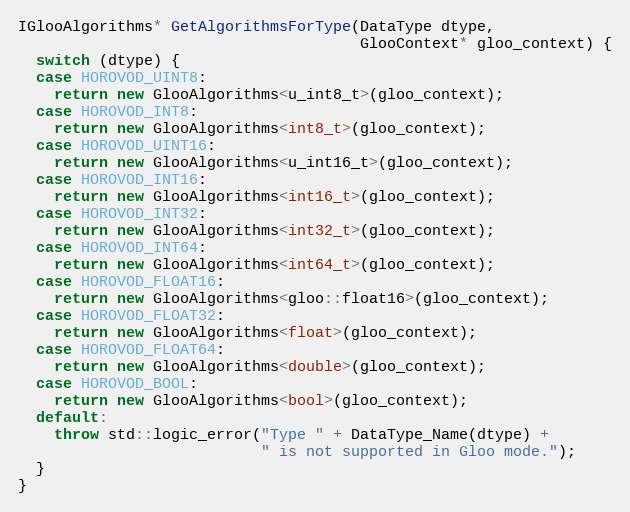
Language: C++
IGlooAlgorithms* GetAlgorithmsForType(DataType dtype,
                                      GlooContext* gloo_context) {
  switch (dtype) {
  case HOROVOD_UINT8:
    return new GlooAlgorithms<u_int8_t>(gloo_context);
  case HOROVOD_INT8:
    return new GlooAlgorithms<int8_t>(gloo_context);
  case HOROVOD_UINT16:
    return new GlooAlgorithms<u_int16_t>(gloo_context);
  case HOROVOD_INT16:
    return new GlooAlgorithms<int16_t>(gloo_context);
  case HOROVOD_INT32:
    return new GlooAlgorithms<int32_t>(gloo_context);
  case HOROVOD_INT64:
    return new GlooAlgorithms<int64_t>(gloo_context);
  case HOROVOD_FLOAT16:
    return new GlooAlgorithms<gloo::float16>(gloo_context);
  case HOROVOD_FLOAT32:
    return new GlooAlgorithms<float>(gloo_context);
  case HOROVOD_FLOAT64:
    return new GlooAlgorithms<double>(gloo_context);
  case HOROVOD_BOOL:
    return new GlooAlgorithms<bool>(gloo_context);
  default:
    throw std::logic_error("Type " + DataType_Name(dtype) +
                           " is not supported in Gloo mode.");
  }
}